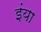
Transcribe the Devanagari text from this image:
इंया